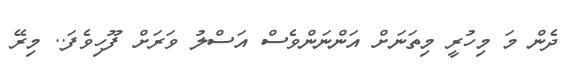
ދެން މަ މިހުރީ މިތަނަށް އަންނަންވެސް އަސްލު ވަރަށް ފޫހިވެފަ.. މިރޭ